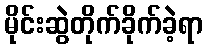
မိုင်းဆွဲတိုက်ခိုက်ခဲ့ရာ